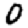
Digit: 0